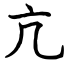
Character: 亢